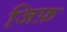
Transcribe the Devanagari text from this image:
जिफ़